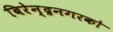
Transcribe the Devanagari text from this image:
बिरेन्द्रनगरको